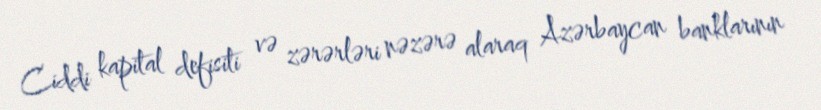
Ciddi kapital defisiti və zərərləri nəzərə alaraq Azərbaycan banklarının